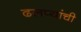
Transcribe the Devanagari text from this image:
ढलप्यांची